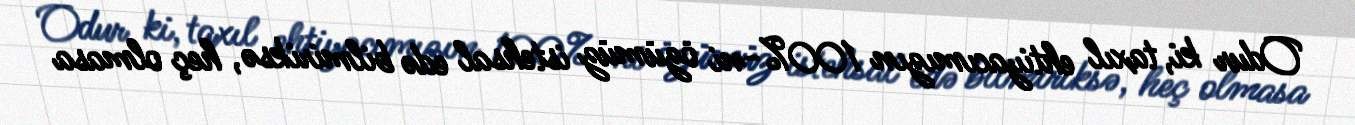
Odur ki, taxıl ehtiyacımızın 100%-ni özümüz istehsal edə bilmiriksə, heç olmasa